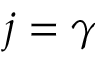
j = \gamma